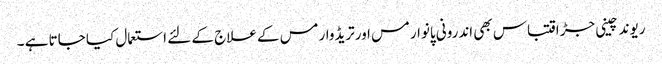
ریوند چینی جڑ اقتباس بھی اندرونی پانوارمس اورتریڈوارمس کے علاج کے لئے استعمال کیا جاتا ہے ۔